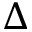
\Delta